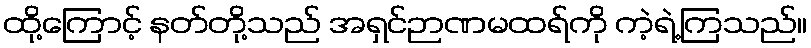
ထို့ကြောင့် နတ်တို့သည် အရှင်ဉာဏမထရ်ကို ကဲ့ရဲ့ကြသည်။